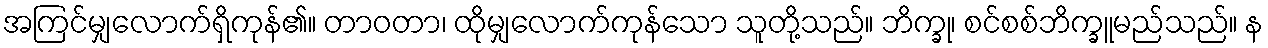
အကြင်မျှလောက်ရှိကုန်၏။ တာဝတာ၊ ထိုမျှလောက်ကုန်သော သူတို့သည်။ ဘိက္ခု၊ စင်စစ်ဘိက္ခူမည်သည်။ န